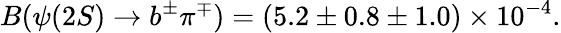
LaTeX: B(\psi(2S)\rightarrow b^{\pm}\pi^{\mp})=(5.2\pm 0.8\pm 1.0)\times 10^{-4}.